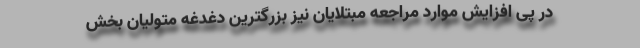
در پی افزایش موارد مراجعه مبتلایان نیز بزرگترین دغدغه متولیان بخش